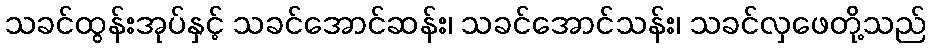
သခင်ထွန်းအုပ်နှင့် သခင်အောင်ဆန်း၊ သခင်အောင်သန်း၊ သခင်လှဖေတို့သည်